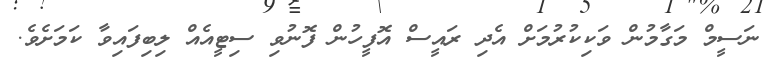
ނަސީމް މަގާމުން ވަކިކުރުމަށް އެދި ރައީސް އޮފީހުން ފޮނުވި ސިޓީއެއް ލިބިފައިވާ ކަމަށެވެ.